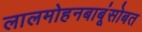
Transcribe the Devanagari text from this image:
लालमोहनबाबूंसोबत